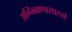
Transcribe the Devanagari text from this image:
अग्निबाणासारखे